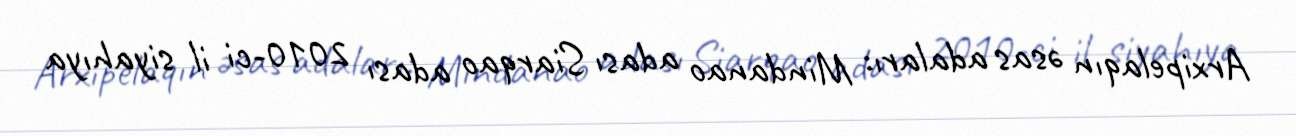
Arxipelaqın əsas adaları: Mindanao adası Siarqao adası 2010-ci il siyahıya